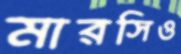
মারসিও